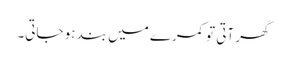
گھر آتی تو کمرے میں بند ہو جاتی۔